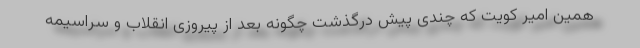
همین امیر کویت که چندی پیش درگذشت چگونه بعد از پیروزی انقلاب و سراسیمه